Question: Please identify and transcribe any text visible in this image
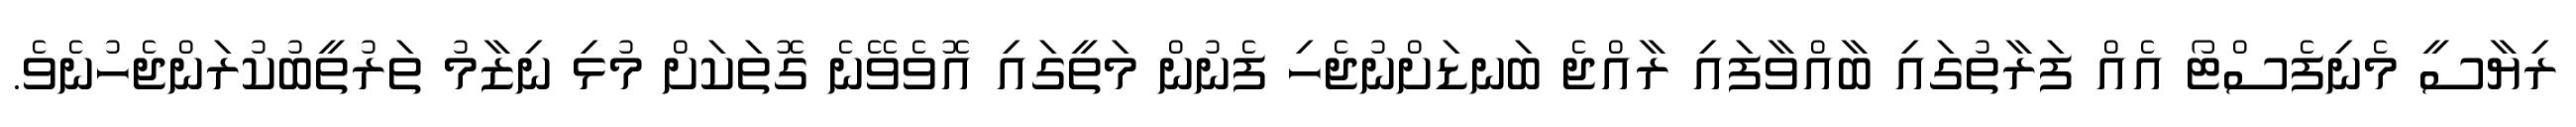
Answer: ރިޔާސީ މެނިފެސްޓޯ އެއް ފަރާތުގައި ބާއްވާފައި ރާއްޖެ ބަނޑަށްނުޖެހި ފެނުން މަތީގައި އޮވެވޭނެ ގޮތަކަށް މުޅި ނިޒާމު ތަރުތީބުކުރަންޖެހުނެވެ.